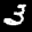
Label: 3